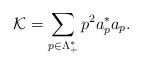
\begin{align*} \mathcal{K}= \sum_{p \in \Lambda_+^*} p^2 a^*_p a_p.\end{align*}